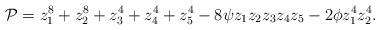
\begin{align*}{\cal P}=z_1^8 +z_2^8 +z_3^4 +z_4^4 + z_5^4 -8\psi z_1 z_2 z_3 z_4 z_5 - 2\phi z_1^4 z_2^4.\end{align*}